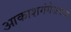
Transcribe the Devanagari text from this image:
आकाशगंगेजवळ